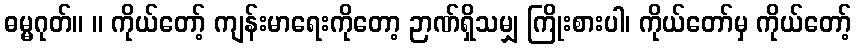
ဓမ္မဂုတ်။ ။ ကိုယ်တော့် ကျန်းမာရေးကိုတော့ ဉာဏ်ရှိသမျှ ကြိုးစားပါ၊ ကိုယ်တော်မှ ကိုယ်တော့်